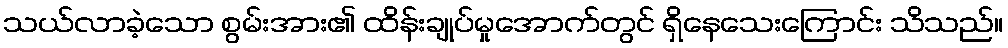
သယ်လာခဲ့သော စွမ်းအား၏ ထိန်းချုပ်မှုအောက်တွင် ရှိနေသေးကြောင်း သိသည်။